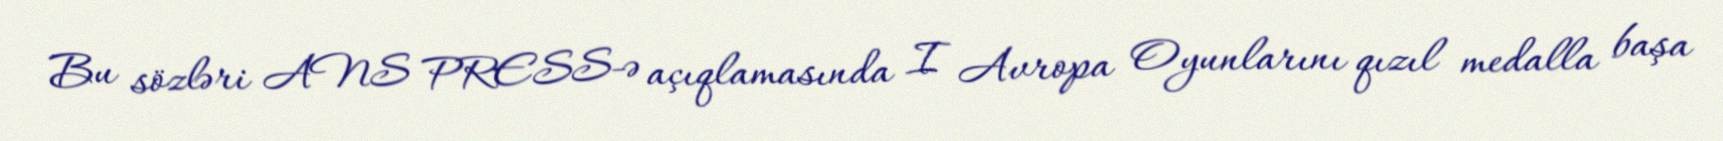
Bu sözləri ANS PRESS-ə açıqlamasında I Avropa Oyunlarını qızıl medalla başa